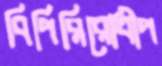
বিপিরিরোধীপ